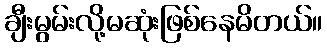
ချီးမွမ်းလို့မဆုံးဖြစ်နေမိတယ်။